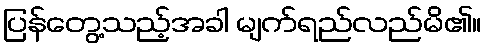
ပြန်တွေ့သည့်အခါ မျက်ရည်လည်မိ၏။